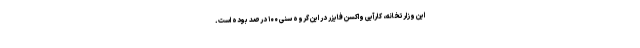
این وزارتخانه، کارآیی واکسن فایزر در این گروه سنی ۱۰۰ درصد بوده است.